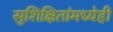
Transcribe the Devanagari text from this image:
सुशिक्षितांमध्येही